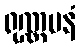
ရုဏ္ဏမနံ